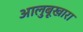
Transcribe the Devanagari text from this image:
आलुबूखारा